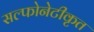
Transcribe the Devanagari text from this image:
सल्फोनेटीकृत